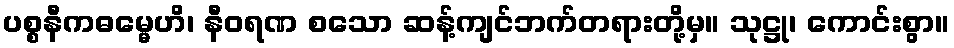
ပစ္စနီကဓမ္မေဟိ၊ နီဝရဏ စသော ဆန့်ကျင်ဘက်တရားတို့မှ။ သုဋ္ဌု၊ ကောင်းစွာ။